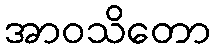
အာဝသိတော